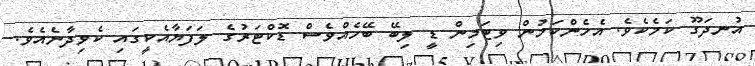
އުނދަގޫ ކަމެކެވެ. އެހެންކަމުން ވިޓަމިން ޑީ ލިބޭ ބޭހެއްވެސް ޑޮކްޓަރުގެ ލަފަޔާއެކީގައި ކެވިދާނެއެވެ.